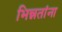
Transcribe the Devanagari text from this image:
भिन्नतांना